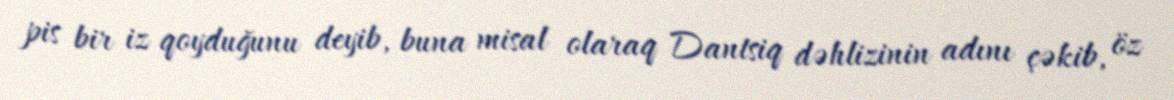
pis bir iz qoyduğunu deyib, buna misal olaraq Dantsiq dəhlizinin adını çəkib, öz